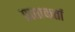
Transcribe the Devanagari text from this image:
प्राप्ताकर्ता